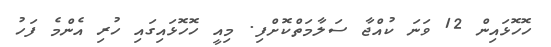
ހޮހޮޅައިން 12 ވަނަ ކުއްޖާ ސަލާމަތްކޮށްފި. މިއީ ހޮހޮޅައިގައި ހުރި އެންމެ ފަހު